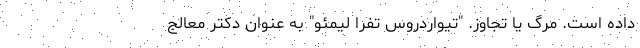
داده است. مرگ یا تجاوز. "تیواردروس تفرا لیمئو" به عنوان دکتر معالج